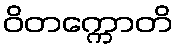
ဝိတက္ကောတိ